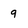
Character: 9